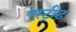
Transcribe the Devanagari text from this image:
एस्ट्रीड